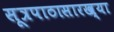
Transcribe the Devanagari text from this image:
सूत्रपाठासारख्या